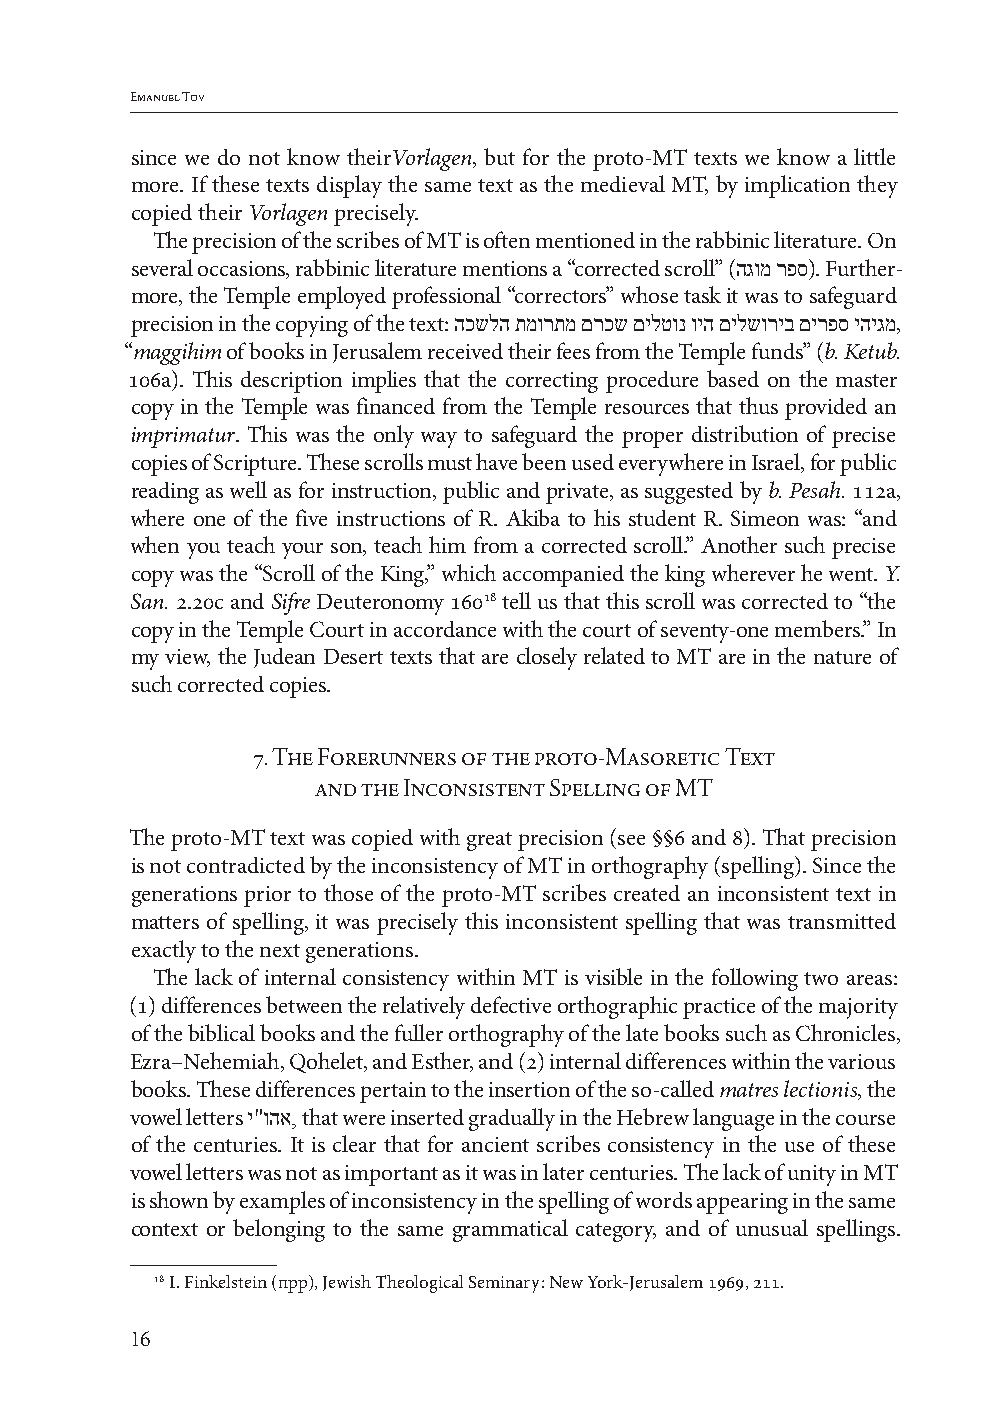
Emanuel Tov
 since we do not know theirVorlagen, but for the proto-MT texts we know a little
 more. If these texts display the same text as the medieval MT, by implication they
 copied their Vorlagen precisely.
 The precision of the scribes of MT is often mentioned in the rabbinic literature. On
 several occasions, rabbinic literature mentions a “corrected scroll” (הגומ רפס). Further-
 more, the Temple employed professional “correctors” whose task it was to safeguard
 precision in the copying of the text: הכשלה תמורתמ םרכש םילטונ ויה םילשוריב םירפס יהיגמ,
 “maggihim of books in Jerusalem received their fees from the Temple funds” (b. Ketub.
 106a). This description implies that the correcting procedure based on the master
 copy in the Temple was financed from the Temple resources that thus provided an
 imprimatur. This was the only way to safeguard the proper distribution of precise
 copies of Scripture. These scrolls must have been used everywhere in Israel, for public
 reading as well as for instruction, public and private, as suggested by b. Pesah. 112a,
 where one of the five instructions of R. Akiba to his student R. Simeon was: “and
 when you teach your son, teach him from a corrected scroll.” Another such precise
 copy was the “Scroll of the King,” which accompanied the king wherever he went. Y.
 San. 2.20c and Sifre Deuteronomy 16018 tell us that this scroll was corrected to “the
 copy in the Temple Court in accordance with the court of seventy-one members.” In
 my view, the Judean Desert texts that are closely related to MT are in the nature of
 such corrected copies.
 7. The Forerunners of the proto-Masoretic Text
 and the Inconsistent Spelling of MT
 The proto-MT text was copied with great precision (see §§6 and 8). That precision
 is not contradicted by the inconsistency of MT in orthography (spelling). Since the
 generations prior to those of the proto-MT scribes created an inconsistent text in
 matters of spelling, it was precisely this inconsistent spelling that was transmitted
 exactly to the next generations.
 The lack of internal consistency within MT is visible in the following two areas:
 (1) differences between the relatively defective orthographic practice of the majority
 of the biblical books and the fuller orthography of the late books such as Chronicles,
 Ezra–Nehemiah, Qohelet, and Esther, and (2) internal differences within the various
 books. These differences pertain to the insertion of the so-called matres lectionis, the
 vowel letters י"והא, that were inserted gradually in the Hebrew language in the course
 of the centuries. It is clear that for ancient scribes consistency in the use of these
 vowel letters was not as important as it was in later centuries. The lack of unity in MT
 is shown by examples of inconsistency in the spelling of words appearing in the same
 context or belonging to the same grammatical category, and of unusual spellings.
 18 I. Finkelstein (прр), Jewish Theological Seminary: New York-Jerusalem 1969, 211.
 16